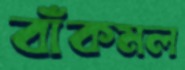
বাঁকমল